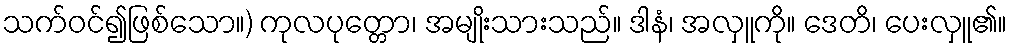
သက်ဝင်၍ဖြစ်သော။) ကုလပုတ္တော၊ အမျိုးသားသည်။ ဒါနံ၊ အလှူကို။ ဒေတိ၊ ပေးလှူ၏။